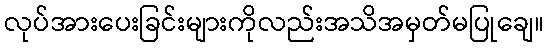
လုပ်အားပေးခြင်းများကိုလည်းအသိအမှတ်မပြုချေ။